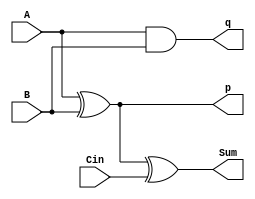
`timescale 1ns / 1ps
//////////////////////////////////////////////////////////////////////////////////
// Company: 
// Engineer: 
// 
// Design Name: 
// Module Name: full_adder
// Project Name: 
// Target Devices: 
// Tool Versions: 
// Description: 
// 
// Dependencies: 
// 
// Revision:
// Revision 0.01 - File Created
// Additional Comments:
// 
//////////////////////////////////////////////////////////////////////////////////

module full_adder(input A,input B,input Cin, output p, output q, output Sum);
    assign p = A^B;
    assign q = A&B;
    assign Sum = p^Cin;
endmodule